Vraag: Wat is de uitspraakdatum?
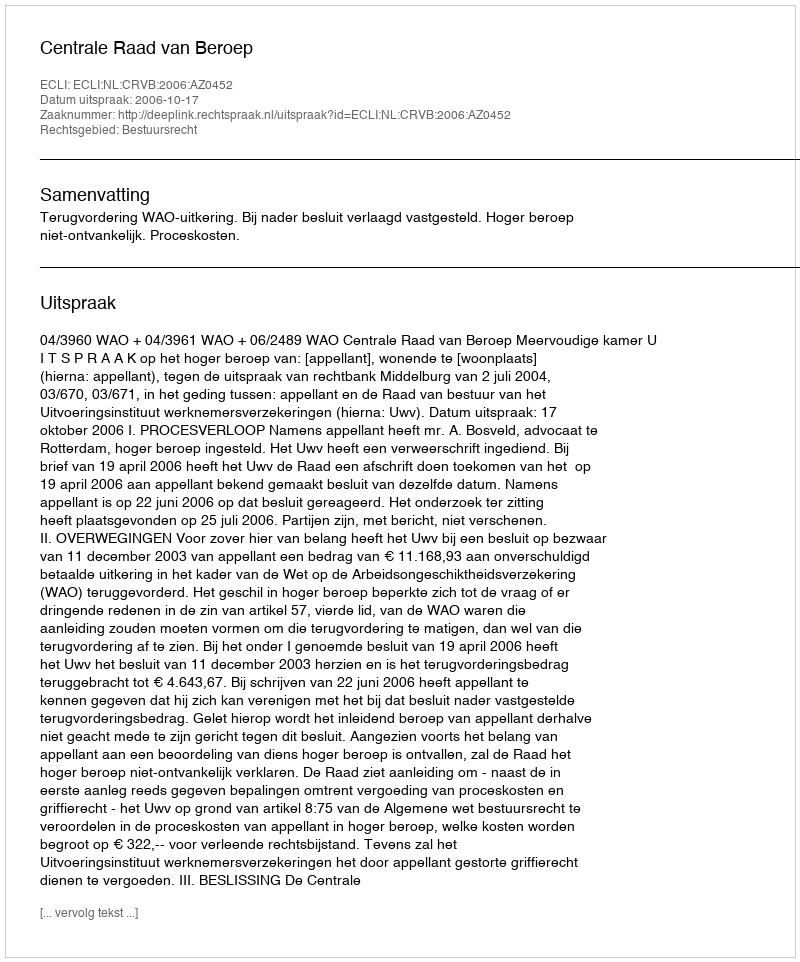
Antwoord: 2006-10-17